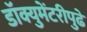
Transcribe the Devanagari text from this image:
डॉक्युमेंटरीपुढे